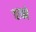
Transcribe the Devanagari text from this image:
वाको